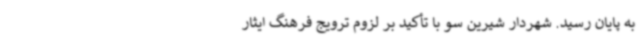
به پایان رسید. شهردار شیرین سو با تأکید بر لزوم ترویج فرهنگ ایثار